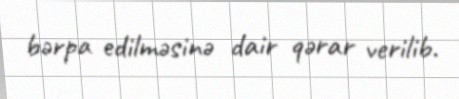
bərpa edilməsinə dair qərar verilib.